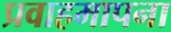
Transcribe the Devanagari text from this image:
प्रवाहमापना